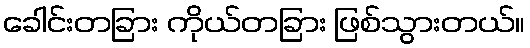
ခေါင်းတခြား ကိုယ်တခြား ဖြစ်သွားတယ်။